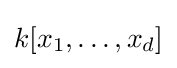
k[x_{1},\dots ,x_{d}]